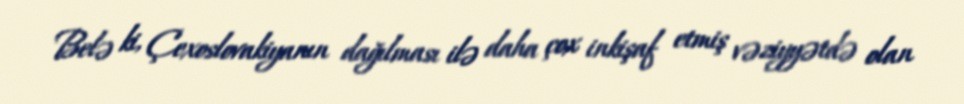
Belə ki, Çexoslovakiyanın dağılması ilə daha çox inkişaf etmiş vəziyyətdə olan